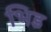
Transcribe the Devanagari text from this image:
भिड